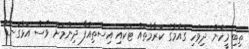
ތިބި މީހުން ދިވެހި ގައުމުގެ ކަރާމާތައް ޓަކައި އިސްތިއުފާ ދިނުމަށް ވެސް އަޅުގަނޑު